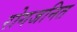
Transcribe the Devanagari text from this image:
रोगजनित